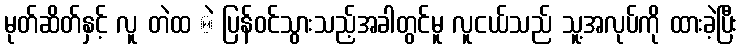
မုတ်ဆိတ်နှင့် လူ တဲထ ဲ ပြန်ဝင်သွားသည့်အခါတွင်မူ လူငယ်သည် သူ့အလုပ်ကို ထားခဲ့ပြီး